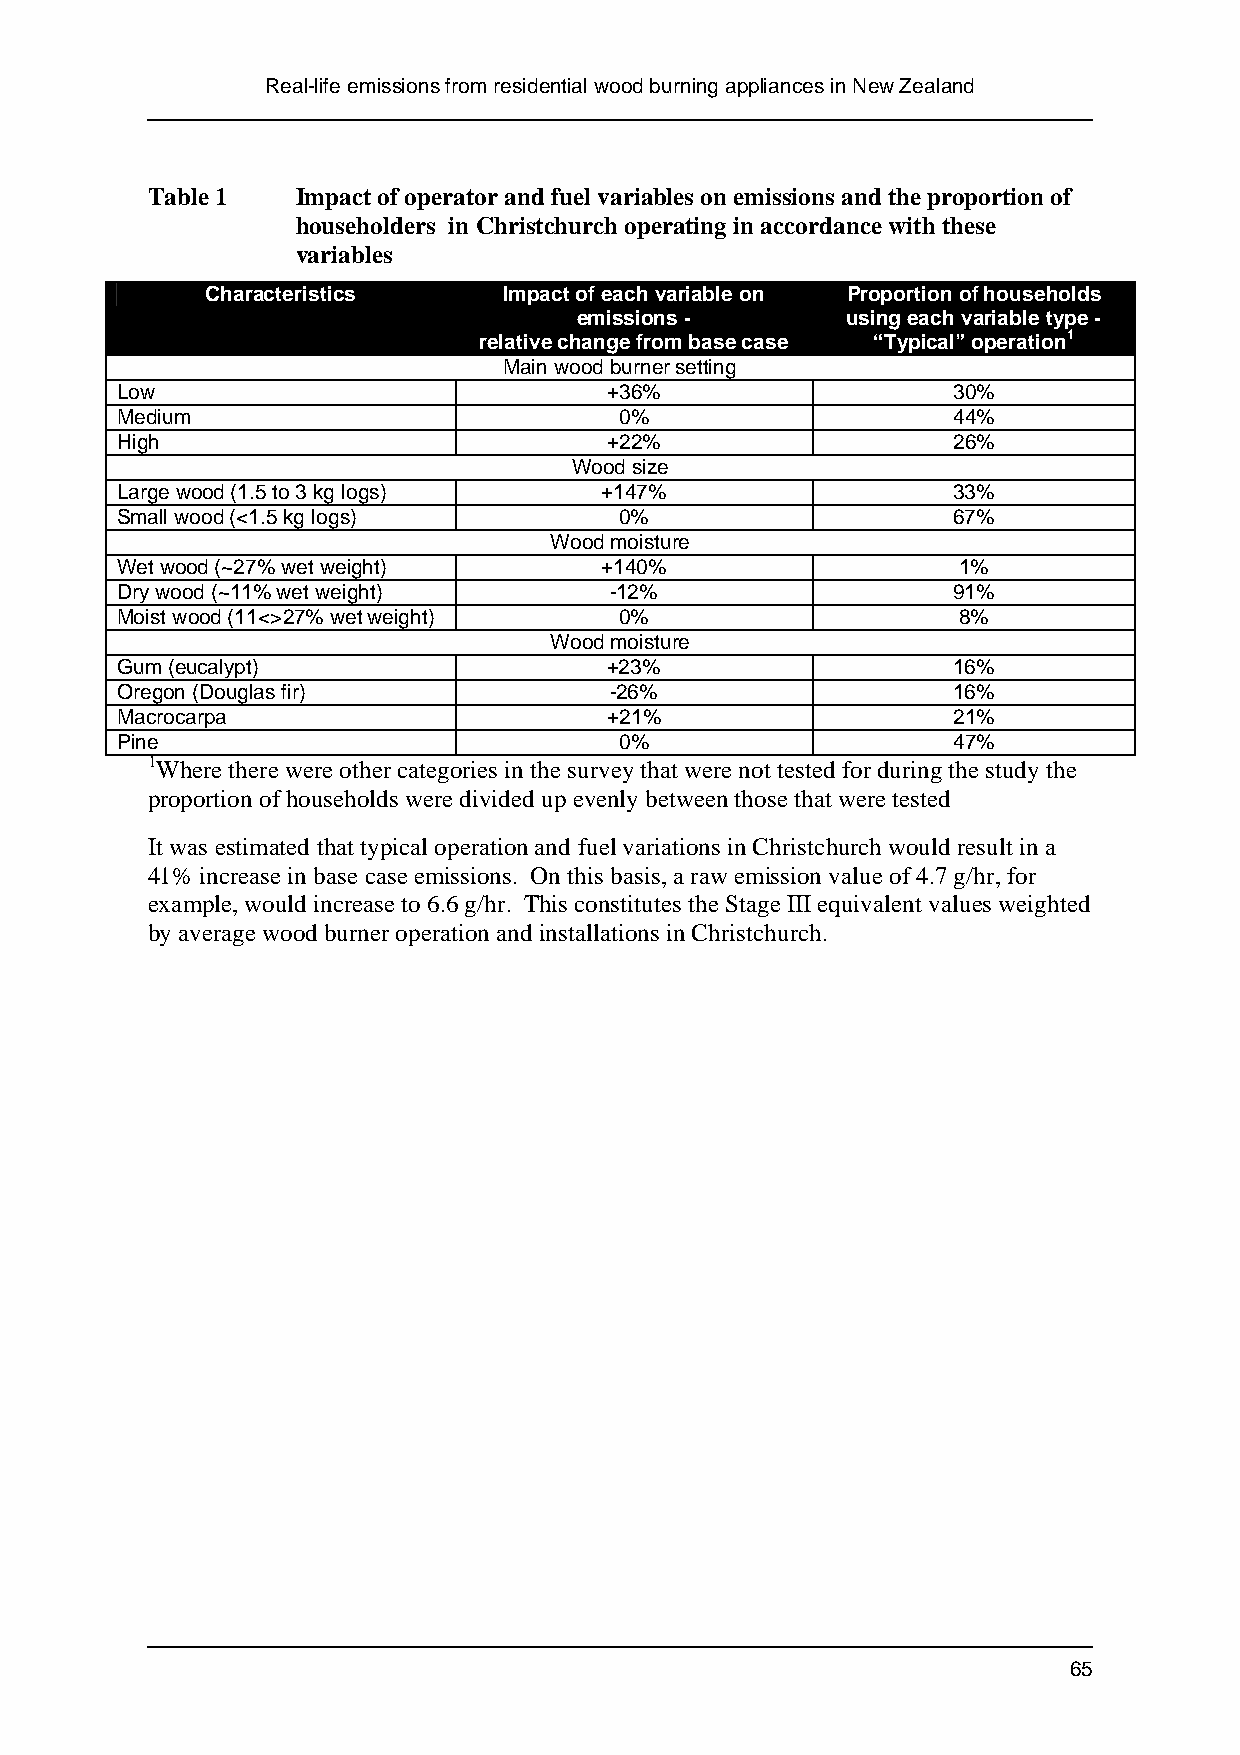
Real-life emissions from residential wood burning appliances in New Zealand
 Table 1   Impact of operator and fuel variables on emissions and the proportion of
 householders in Christchurch operating in accordance with these
 variables
 Characteristics    Impact of each variable on Proportion of households
 emissions -       using each variable type -
 relative change from base case “Typical” operation1
 Main wood burner setting
 Low                             +36%                   30%
 Medium                           0%                    44%
 High                            +22%                   26%
 Wood size
 Large wood (1.5 to 3 kg logs)   +147%                  33%
 Small wood (<1.5 kg logs)        0%                    67%
 Wood moisture
 Wet wood (~27% wet weight)      +140%                  1%
 Dry wood (~11% wet weight)      -12%                   91%
 Moist wood (11<>27% wet weight)  0%                    8%
 Wood moisture
 Gum (eucalypt)                  +23%                   16%
 Oregon (Douglas fir)            -26%                   16%
 Macrocarpa                      +21%                   21%
 Pine                             0%                    47%
 1Where there were other categories in the survey that were not tested for during the study the
 proportion of households were divided up evenly between those that were tested
 It was estimated that typical operation and fuel variations in Christchurch would result in a
 41% increase in base case emissions. On this basis, a raw emission value of 4.7 g/hr, for
 example, would increase to 6.6 g/hr. This constitutes the Stage III equivalent values weighted
 by average wood burner operation and installations in Christchurch.
 65